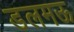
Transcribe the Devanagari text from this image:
डलमऊ